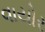
વાયોર